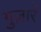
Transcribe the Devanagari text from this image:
गुज़ारें